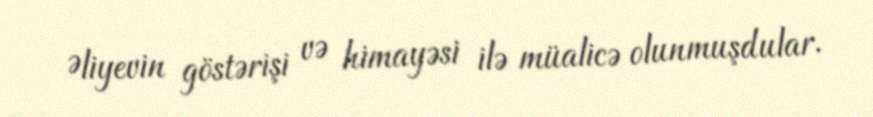
Əliyevin göstərişi və himayəsi ilə müalicə olunmuşdular.